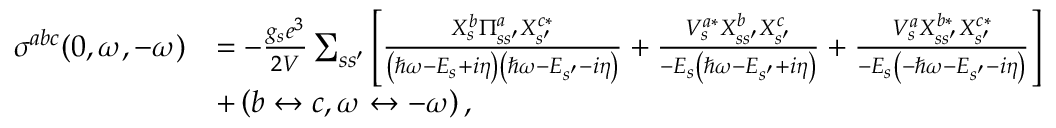
\begin{array} { r l } { \sigma ^ { a b c } ( 0 , \omega , - \omega ) } & { = - \frac { g _ { s } e ^ { 3 } } { 2 V } \sum _ { s s ^ { \prime } } \left[ \frac { X _ { s } ^ { b } \Pi _ { s s ^ { \prime } } ^ { a } X _ { s ^ { \prime } } ^ { c * } } { \left( \hbar \omega - E _ { s } + i \eta \right) \left( \hbar \omega - E _ { s ^ { \prime } } - i \eta \right) } + \frac { V _ { s } ^ { a * } X _ { s s ^ { \prime } } ^ { b } X _ { s ^ { \prime } } ^ { c } } { - E _ { s } \left( \hbar \omega - E _ { s ^ { \prime } } + i \eta \right) } + \frac { V _ { s } ^ { a } X _ { s s ^ { \prime } } ^ { b * } X _ { s ^ { \prime } } ^ { c * } } { - E _ { s } \left( - \hbar \omega - E _ { s ^ { \prime } } - i \eta \right) } \right] } \\ & { + \left( b \leftrightarrow c , \omega \leftrightarrow - \omega \right) , } \end{array}